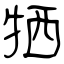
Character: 牺